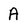
Character: A